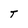
Character: T